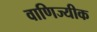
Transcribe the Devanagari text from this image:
वाणिज्यीक